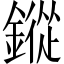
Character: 鏦